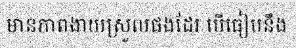
មានភាពងាយស្រួលផងដែរ បើធៀបនឹង